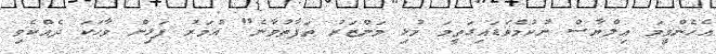
އެހެންވީމަ އިލްޔާސް ނުކުމެވަޑައިގަތީމަ މުޅި މަންޒަރު ތަފާތުވާނެ" އުމަރު ފަޅިން ވާހަކަ ދެއްކެވި